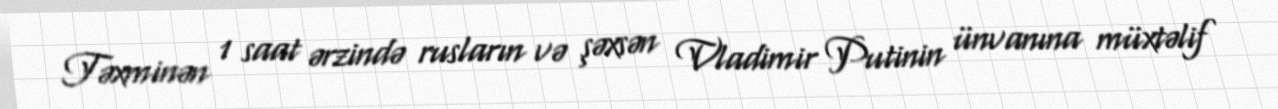
Təxminən 1 saat ərzində rusların və şəxsən Vladimir Putinin ünvanına müxtəlif